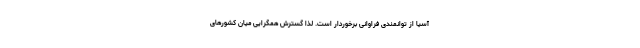
آسیا از توانمندی­ فراوانی برخوردار است. لذا گسترش همگرایی میان کشورهای